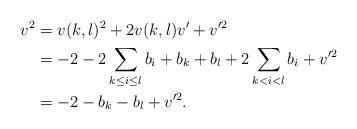
LaTeX: \begin{align*} v^2&=v(k,l)^2+2v(k,l)v'+v'^{2}\\ &=-2-2\sum_{k\leq i\leq l}b_i+b_k+b_l+2\sum_{k<i<l}b_i+v'^{2}\\ &=-2-b_k-b_l+v'^2.\end{align*}